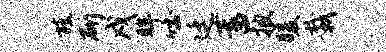
旒斫戍眸吐廷蓄披暖栽